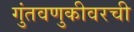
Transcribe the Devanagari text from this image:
गुंतवणुकीवरची